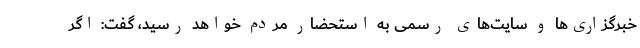
خبرگزاری‌ها و سایت‌های رسمی به استحضار مردم خواهد رسید، گفت: اگر